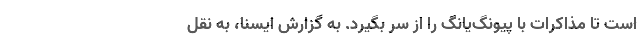
است تا مذاکرات با پیونگ‌یانگ را از سر بگیرد. به گزارش ایسنا، به نقل